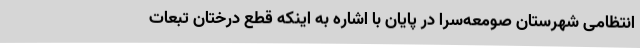
انتظامی شهرستان صومعه‌سرا در پایان با اشاره به اینکه قطع درختان تبعات